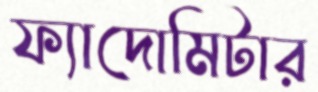
ফ্যাদোমিটার